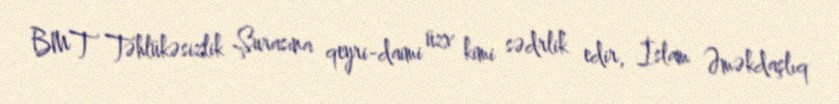
BMT Təhlükəsizlik Şurasına qeyri-daimi üzv kimi sədrlik edir, İslam Əməkdaşlıq